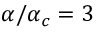
\alpha / \alpha _ { c } = 3